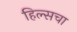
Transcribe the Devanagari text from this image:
हिल्सचा